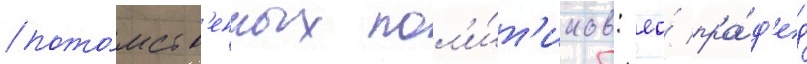
пото́мств'енных пол'и́т'иков: ео́ пра́д'ед